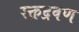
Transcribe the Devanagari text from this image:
रक्तद्रवण